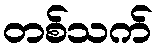
တစ်သက်